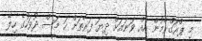
މި ޕްރޮގްރާމުން އެއް ވަނައަށް ދިޔަ ފަރާތަށް ހަ މަސް ދުވަހުގެ ހިލޭ